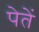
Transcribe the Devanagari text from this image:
पेतें